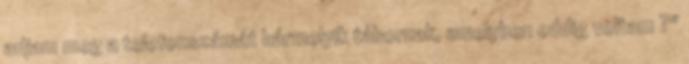
adjam meg a telefonszámát bármelyik tábornak, amelyben eddig voltam ?"